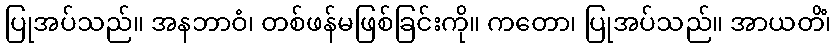
ပြုအပ်သည်။ အနဘာဝံ၊ တစ်ဖန်မဖြစ်ခြင်းကို။ ကတော၊ ပြုအပ်သည်။ အာယတိံ၊